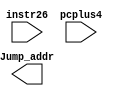
`timescale 1ns / 1ps
//////////////////////////////////////////////////////////////////////////////////
// Company: 
// Engineer: 
// 
// Design Name: 
// Module Name: jump_calculator
// Project Name: 
// Target Devices: 
// Tool Versions: 
// Description: 
// 
// Dependencies: 
// 
// Revision:
// Revision 0.01 - File Created
// Additional Comments:
// 
//////////////////////////////////////////////////////////////////////////////////


module jump_calculator(
    input [25:0] instr26,
    input [3:0] pcplus4,
    output [31:0] Jump_addr
    );
    
    wire [27:0] temp;
    assign temp = instr26<<2;
    assign Jump_Addr = {pcplus4, temp};
    
endmodule